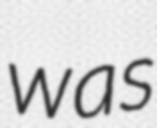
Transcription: was